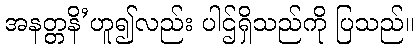
အနတ္တနိ’ဟူ၍လည်း ပါဌ်ရှိသည်ကို ပြသည်။